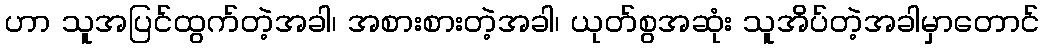
ဟာ သူအပြင်ထွက်တဲ့အခါ၊ အစားစားတဲ့အခါ၊ ယုတ်စွအဆုံး သူအိပ်တဲ့အခါမှာတောင်